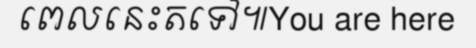
ពេលនេះតទៅ៕You are here